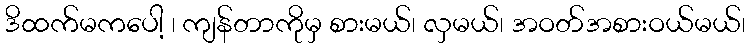
ဒိထက်မကပေါ့ ၊ ကျန်တာကိုမှ စားမယ်၊ လှမယ်၊ အဝတ်အစားဝယ်မယ်၊